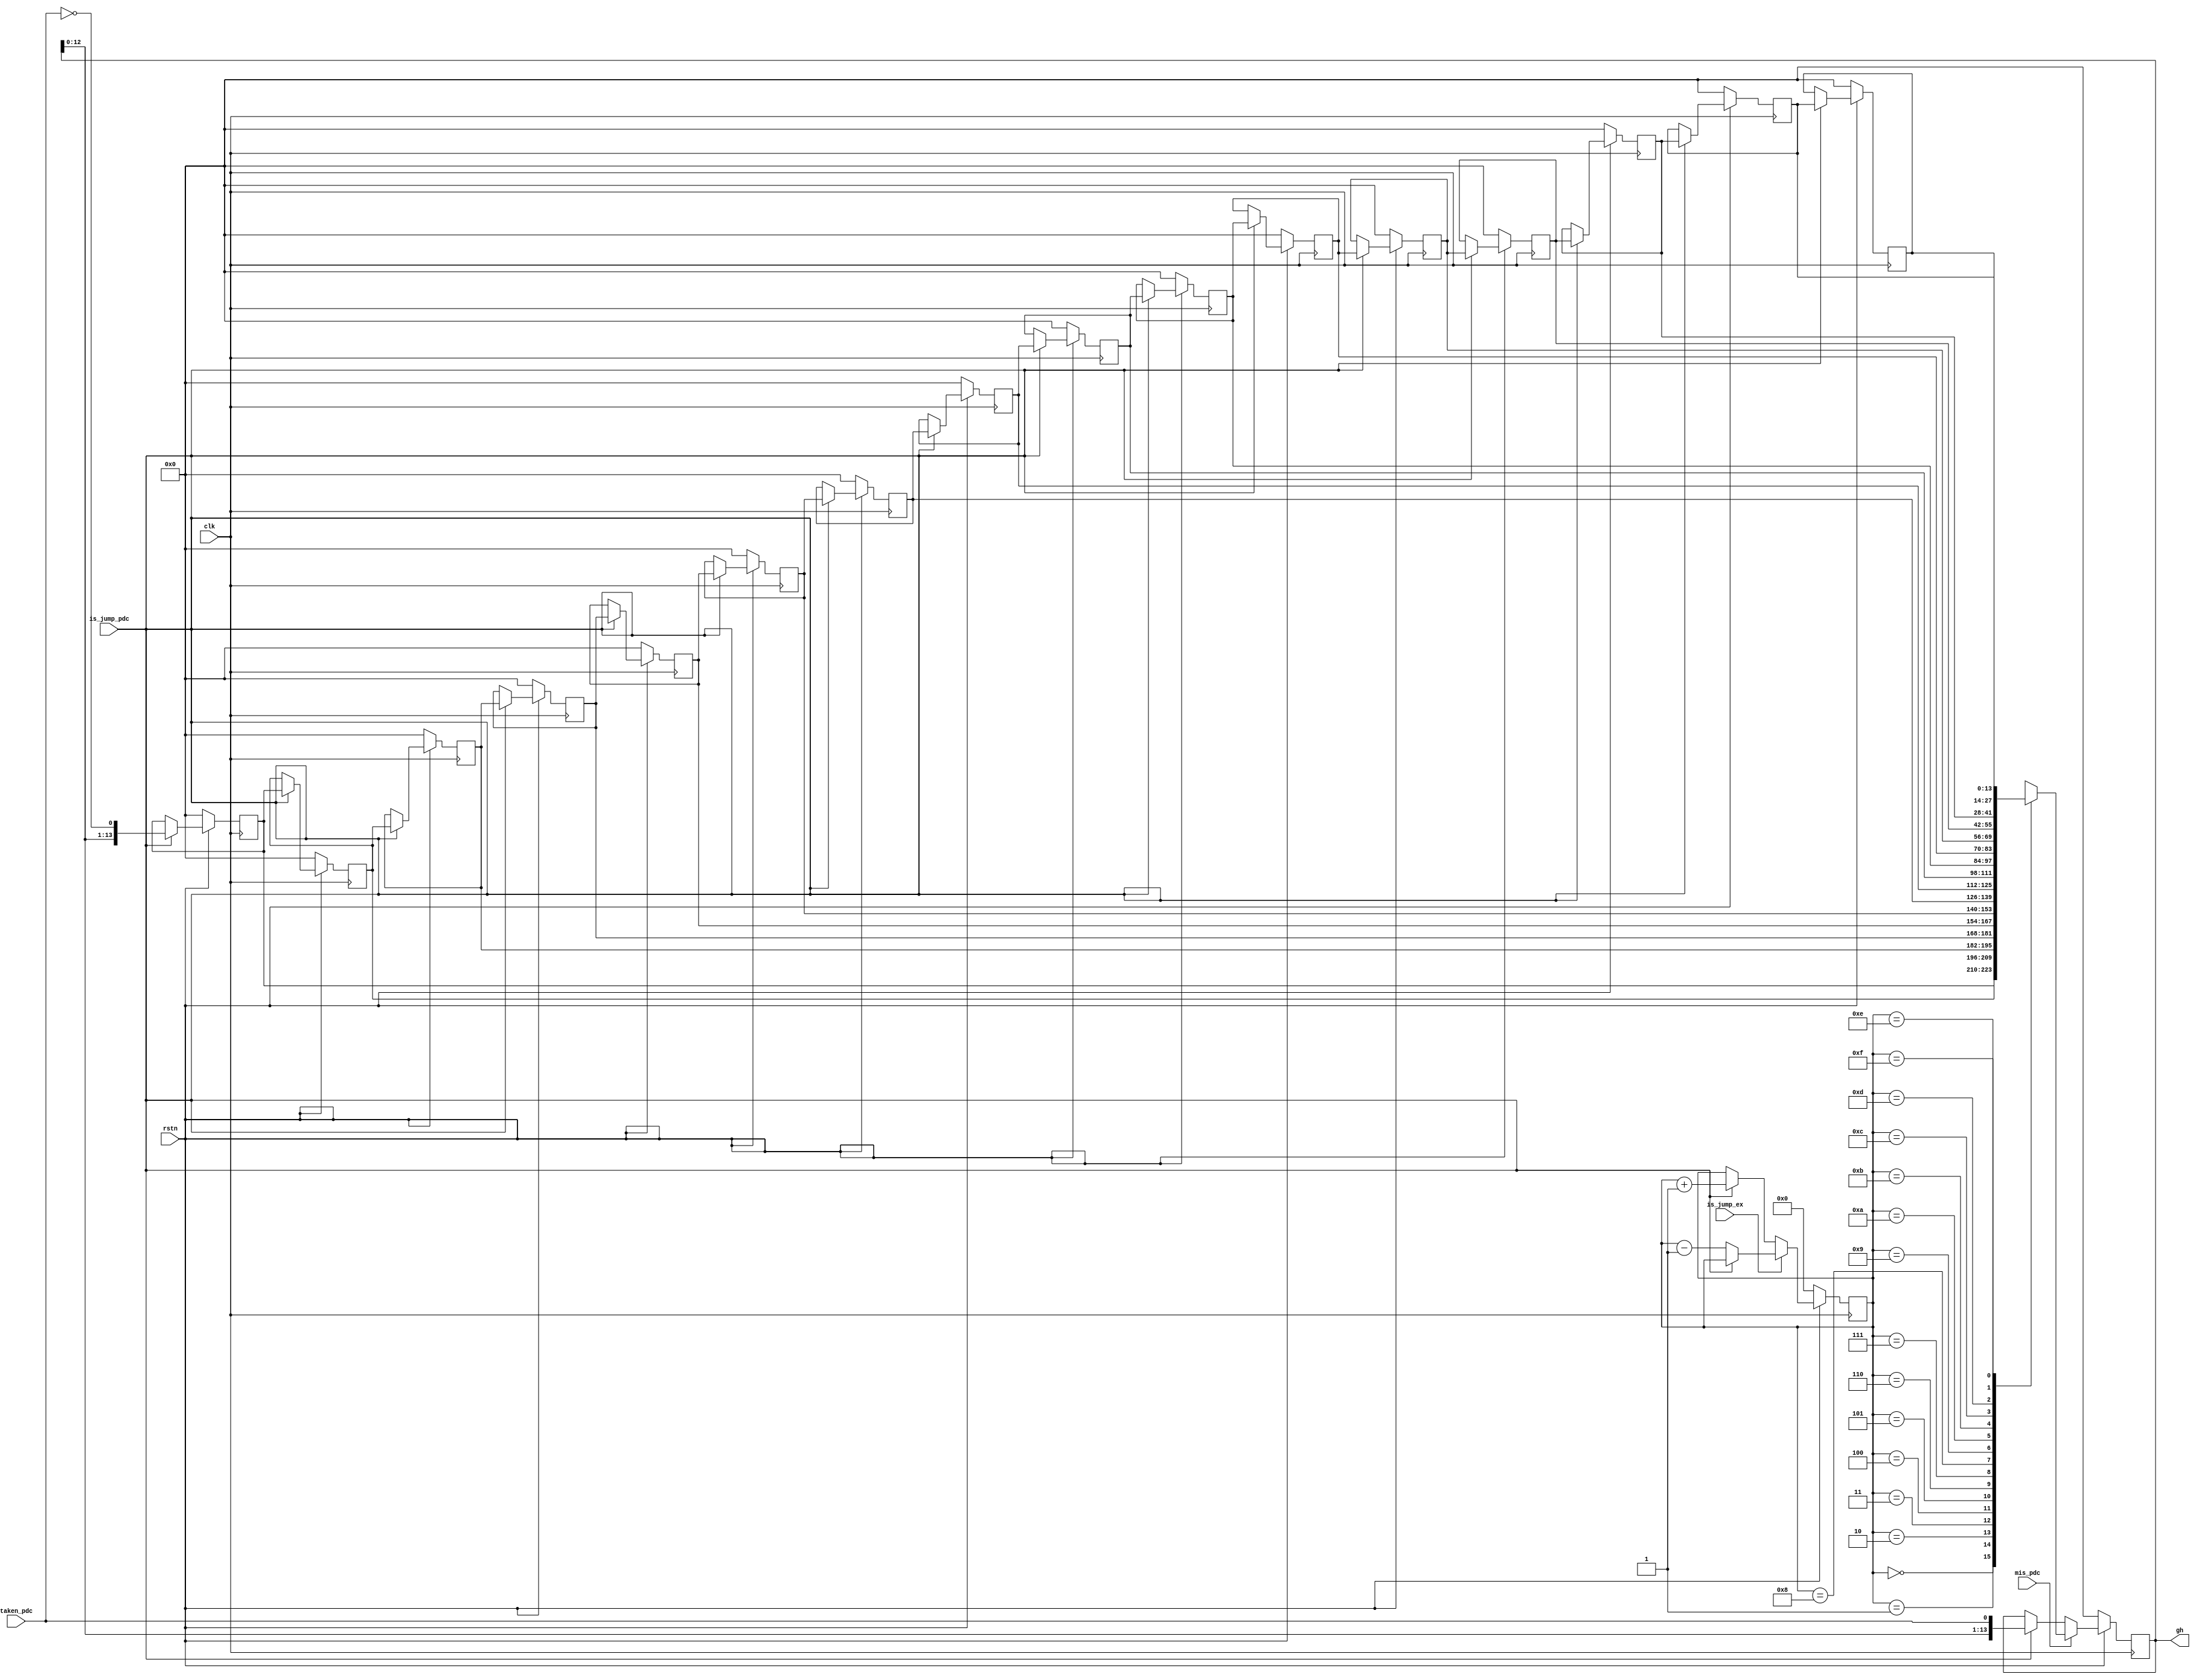
module ghr#(
    parameter   gh_width = 14,
                queue_len= 16       //
)(
    input   clk,
    input   rstn,               
    output  reg [gh_width-1:0]gh,   
    input   taken_pdc,              //

    input   mis_pdc,                //
    input   is_jump_pdc,            //
    input   is_jump_ex              //ex
    );
    //
    reg     [gh_width-1:0]  chkpt_q[0:queue_len-1];//check_point queue
    reg     [3:0]pointer;

    always @(posedge clk)begin
        if(!rstn) begin
            chkpt_q[4'd0]<=0;
            chkpt_q[4'd1]<=0;
            chkpt_q[4'd2]<=0;
            chkpt_q[4'd3]<=0;
            chkpt_q[4'd4]<=0;
            chkpt_q[4'd5]<=0;
            chkpt_q[4'd6]<=0;
            chkpt_q[4'd7]<=0;
            chkpt_q[4'd8]<=0;
            chkpt_q[4'd9]<=0;
            chkpt_q[4'd10]<=0;
            chkpt_q[4'd11]<=0;
            chkpt_q[4'd12]<=0;
            chkpt_q[4'd13]<=0;
            chkpt_q[4'd14]<=0;
            chkpt_q[4'd15]<=0;
        end
        else if(is_jump_pdc) begin
            chkpt_q[4'd0]<={gh[gh_width-2:0],~taken_pdc};
            chkpt_q[4'd1]<=chkpt_q[4'd0];
            chkpt_q[4'd2]<=chkpt_q[4'd1];
            chkpt_q[4'd3]<=chkpt_q[4'd2];
            chkpt_q[4'd4]<=chkpt_q[4'd3];
            chkpt_q[4'd5]<=chkpt_q[4'd4];
            chkpt_q[4'd6]<=chkpt_q[4'd5];
            chkpt_q[4'd7]<=chkpt_q[4'd6];
            chkpt_q[4'd8]<=chkpt_q[4'd7];
            chkpt_q[4'd9]<=chkpt_q[4'd8];
            chkpt_q[4'd10]<=chkpt_q[4'd9];
            chkpt_q[4'd11]<=chkpt_q[4'd10];
            chkpt_q[4'd12]<=chkpt_q[4'd11];
            chkpt_q[4'd13]<=chkpt_q[4'd12];
            chkpt_q[4'd14]<=chkpt_q[4'd13];
            chkpt_q[4'd15]<=chkpt_q[4'd14];
        end
    end

    always @(posedge clk)begin
        if(!rstn) begin
            pointer<=0;
        end
        else begin
            if(is_jump_ex) begin
                if(is_jump_pdc) ;
                else pointer<=pointer-1;
            end
            else if(is_jump_pdc) begin
                pointer<=pointer+1;
            end
        end
    end

    always @(posedge clk)begin
        if(!rstn) begin
            gh<=0;
        end
        else if(mis_pdc) begin
            gh<=chkpt_q[pointer];
        end
        else if(is_jump_pdc) begin
            gh<={gh[gh_width-2:0],taken_pdc};
        end
    end
endmodule